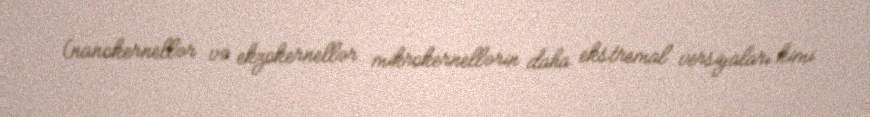
(nanokernellər və ekzokernellər mikrokernellərin daha ekstremal versiyaları kimi